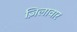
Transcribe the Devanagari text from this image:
ज़िलावार